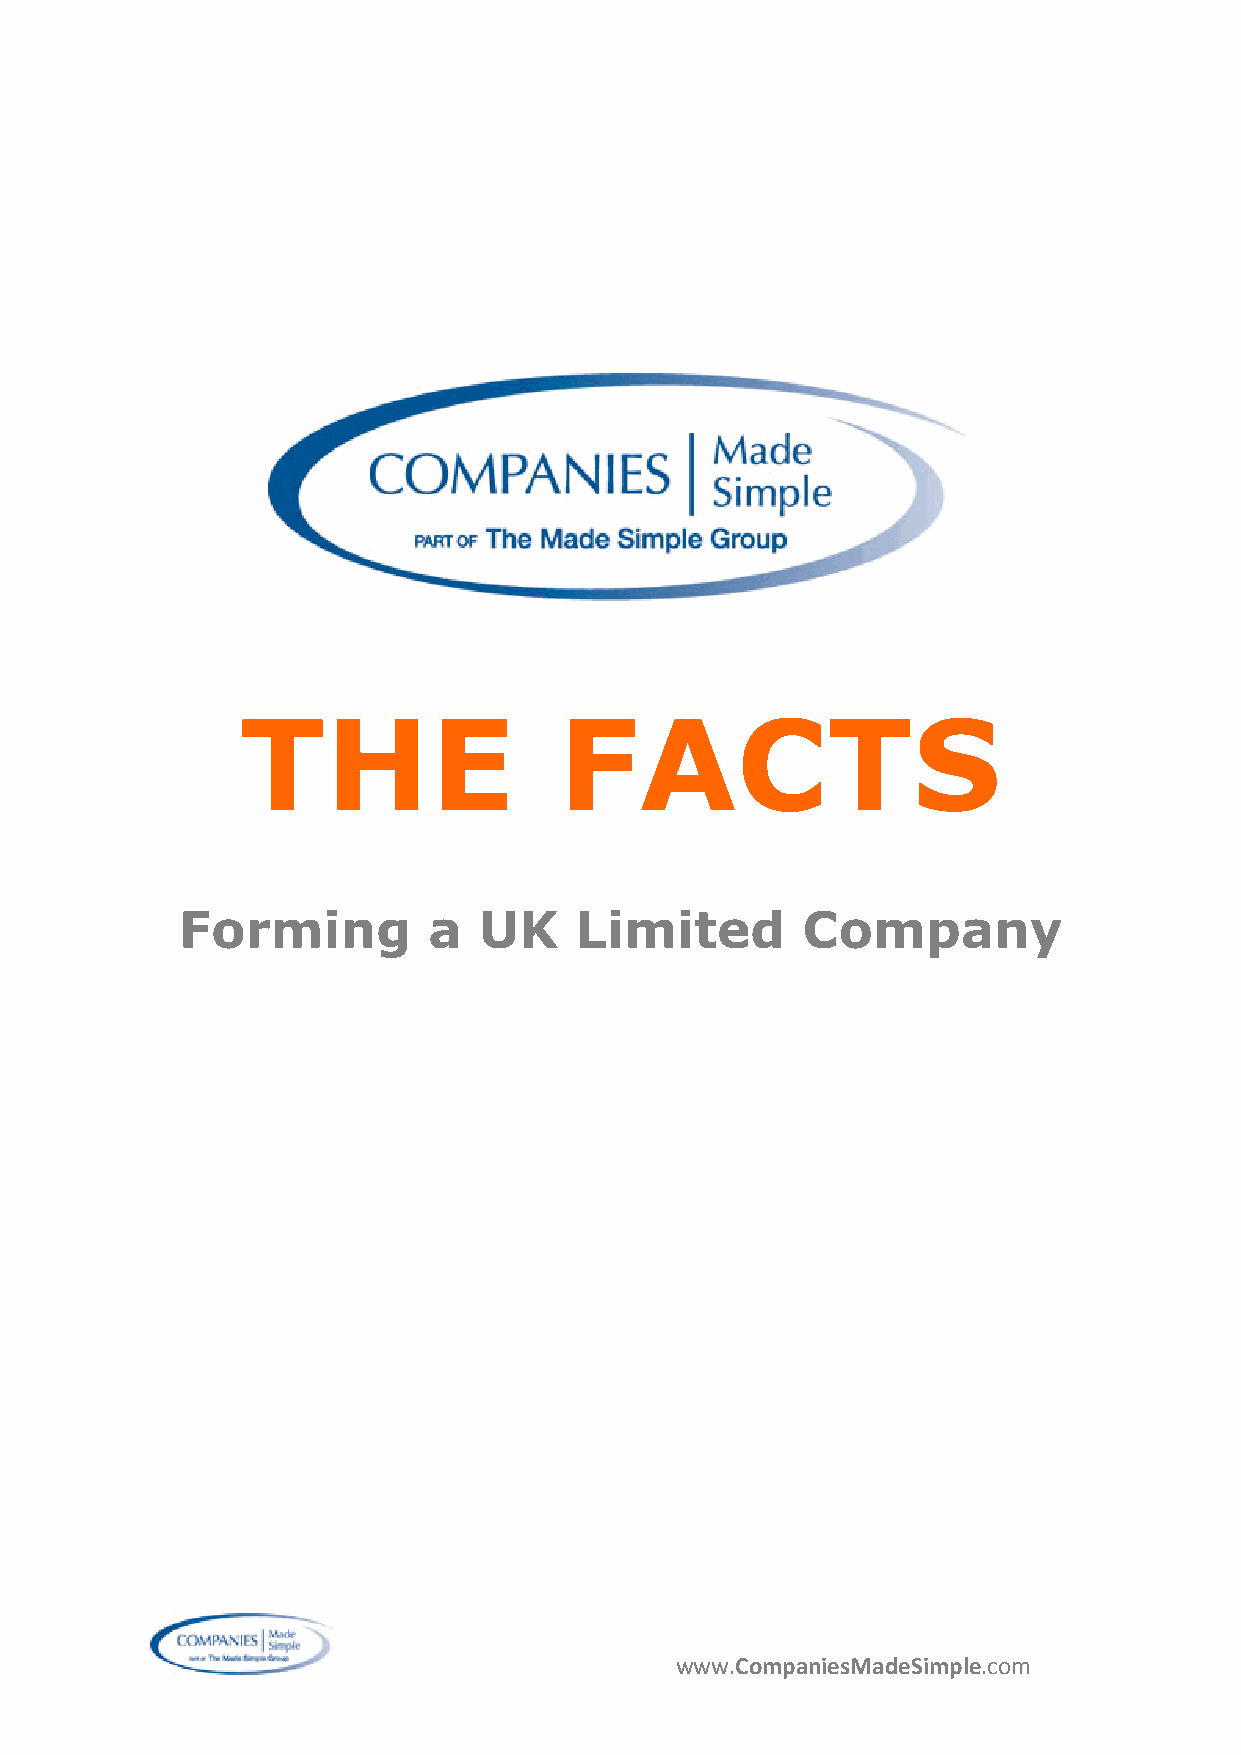
THE                  FACTS
 Forming         a   UK    Limited        Company
 www.CompaniesMadeSimple.com